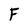
Character: F